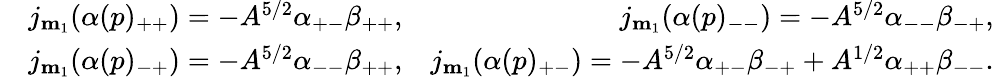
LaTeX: \begin{array}{rlr}{}&{j_{\mathbf{m}_{1}}(\alpha(p)_{++})=-A^{5/2}\alpha_{+-}\beta_{++},}&{j_{\mathbf{m}_{1}}(\alpha(p)_{--})=-A^{5/2}\alpha_{--}\beta_{-+},}\\ {}&{j_{\mathbf{m}_{1}}(\alpha(p)_{-+})=-A^{5/2}\alpha_{--}\beta_{++},}&{j_{\mathbf{m}_{1}}(\alpha(p)_{+-})=-A^{5/2}\alpha_{+-}\beta_{-+}+A^{1/2}\alpha_{++}\beta_{--}.}\end{array}